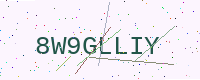
Text: 8W9GLLIY